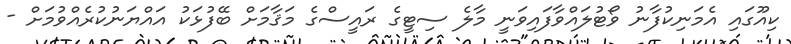
ކިއޫގައި އެމަނިކުފާނު ވޯޓުލައްވާފައިވަނީ މާލެ ސިޓީގެ ރައީސްގެ މަޤާމަށް ބޭފުޅަކު އައްޔަނުކުރެއްވުމަށް -